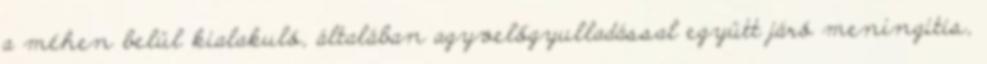
a méhen belül kialakuló, általában agyvelőgyulladással együtt járó meningitis,